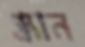
গ্র্যান